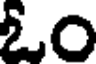
ఓం